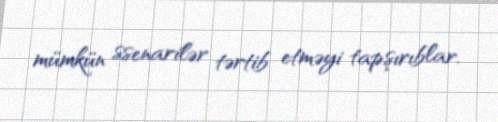
mümkün ssenarilər tərtib etməyi tapşırıblar.